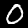
Label: 0